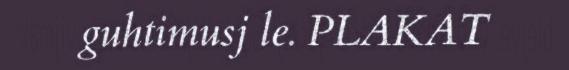
guhtimusj le. PLAKAT